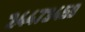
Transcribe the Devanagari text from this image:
२४४७३४५९